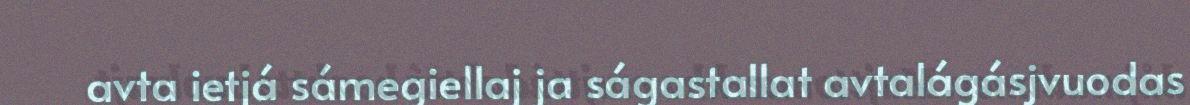
avta ietjá sámegiellaj ja ságastallat avtalágásjvuodas